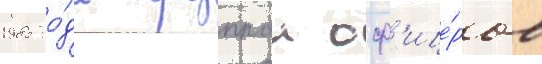
1985 го́да группои оф'ице́ров